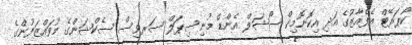
ކޯޕަރޭޓް އެފެއާޒުގެ އަދި އިކޮނޮމިކް ސޯޝަލް އެންޑް މުނިސިޕަލް ސަރވިސް ސެކްޝަންގެ މުވައްޒަފުންގެ